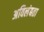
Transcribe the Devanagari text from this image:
अविलंबता